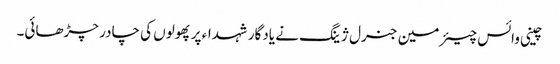
چینی وائس چیئرمین جنرل ژینگ نے یادگار شہداء پر پھولوں کی چادر چڑھائی۔